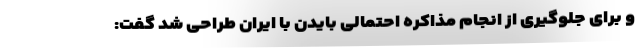
و برای جلوگیری از انجام مذاکره احتمالی بایدن با ایران طراحی شد گفت: